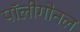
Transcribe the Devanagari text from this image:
पॉलीगोनल